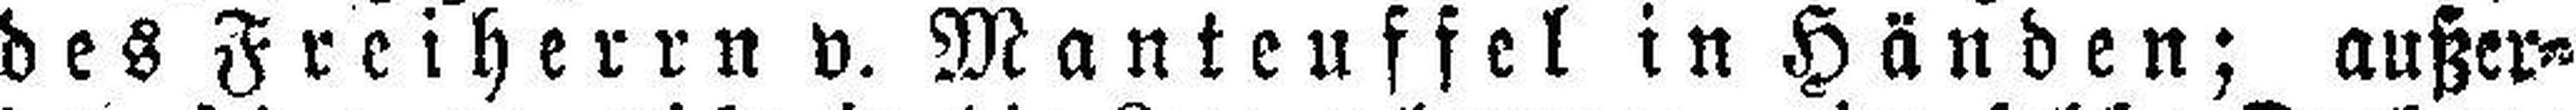
des Freiherrn v. Manteuffel in Händen; außer¬